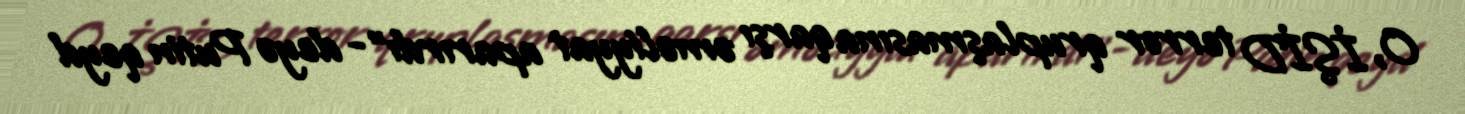
O, İŞİD terror qruplaşmasına qarşı əməliyyat aparırdı”- deyə Putin qeyd